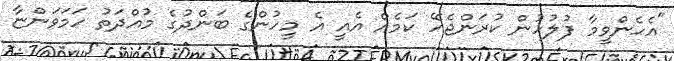
"އެހެންވީމާ ފުލުހުން ކުރަންޖެހޭ ކަމެއް އެއީ އެ މީހުންގެ ބަންދުގެ މުއްދަތު ހަމަވަންޏާ